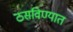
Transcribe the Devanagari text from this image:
ठसविण्यात